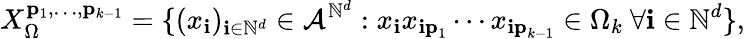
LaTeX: X_{\Omega}^{\mathbf{p}_{1},\ldots,\mathbf{p}_{k-1}}=\{ (x_{\mathbf{i}})_{\mathbf{i}\in\mathbb{N}^{d}}\in\mathcal{A}^{\mathbb{N}^{d}}:x_{\mathbf{i}}x_{\mathbf{ip}_{1}}\cdots x_{\mathbf{ip}_{k-1}}\in\Omega_{k}\mathrm{~}\forall\mathbf{i}\in\mathbb{N}^{d}\} \mathrm{,}